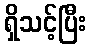
ရှိသင့်ပြီး